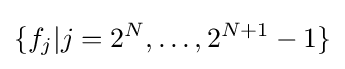
\{f_{j}|j=2^{N},\dots ,2^{N+1}-1\}